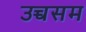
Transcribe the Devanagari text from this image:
उच्चसम